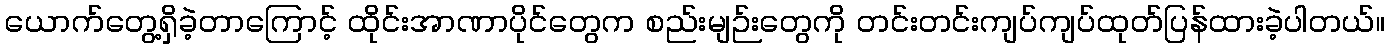
ယောက်တွေ့ရှိခဲ့တာကြောင့် ထိုင်းအာဏာပိုင်တွေက စည်းမျဉ်းတွေကို တင်းတင်းကျပ်ကျပ်ထုတ်ပြန်ထားခဲ့ပါတယ်။